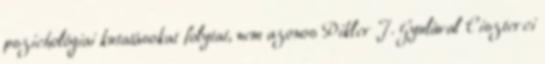
pszichológiai kutatásokat folytat, nem azonos Pikler J. Gyulával Ciszterci